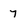
Character: 7